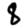
Digit: 8